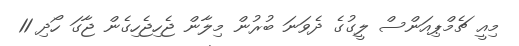
މިއީ ޗެމްޕިއަންސް ލީގުގެ ދެވަނަ ބުރުން މިލާން ޖެހިޖެހިގެން ޖާގަ ހޯދި 11